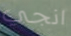
انجي